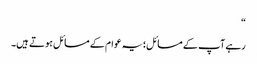
“
رہے آپ کے مسائل؛یہ عوام کے مسائل ہوتے ہیں۔